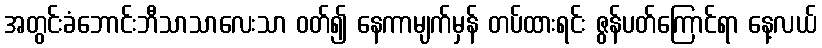
အတွင်းခံဘောင်းဘီသာသာလေးသာ ဝတ်၍ နေကာမျက်မှန် တပ်ထားရင်း ဇွန်ပတ်ကြောင်ရာ နေ့လယ်